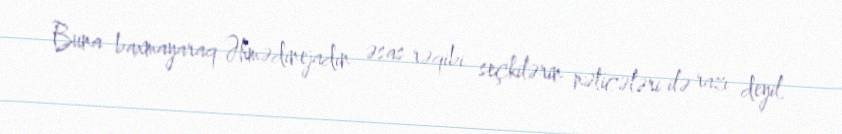
Buna baxmayaraq Əhmədinejadın əsas rəqibi seçkilərin nəticələri ilə razı deyil.